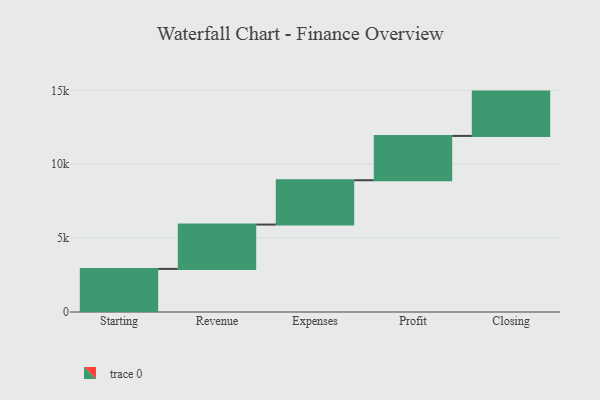
{"axis": {"x": "Step", "y": "Value"}, "legend": [""], "data": [{"x": "Starting", "y": 2918.0, "type": ""}, {"x": "Revenue", "y": 3000, "type": ""}, {"x": "Expenses", "y": 3000, "type": ""}, {"x": "Profit", "y": 3000, "type": ""}, {"x": "Closing", "y": 3000, "type": ""}]}